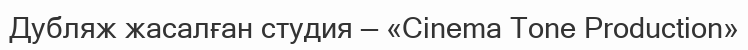
Дубляж жасалған студия — «Cinema Tone Production»